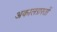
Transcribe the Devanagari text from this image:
अकालग्रस्तों